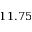
1 1 . 7 5